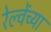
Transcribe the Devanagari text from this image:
रेल्वेंच्या